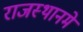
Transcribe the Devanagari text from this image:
राजस्थानमे